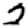
Digit: 2